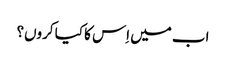
اب میں اِس کا کیا کروں؟